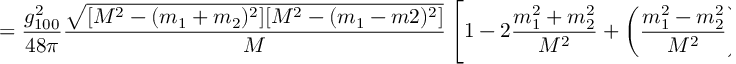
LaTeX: = \frac { g _ { 1 0 0 } ^ { 2 } } { 4 8 \pi } \frac { \sqrt { [ M ^ { 2 } - ( m _ { 1 } + m _ { 2 } ) ^ { 2 } ] [ M ^ { 2 } - ( m _ { 1 } - m 2 ) ^ { 2 } ] } } { M } \left[ 1 - 2 \frac { m _ { 1 } ^ { 2 } + m _ { 2 } ^ { 2 } } { M ^ { 2 } } + \left( \frac { m _ { 1 } ^ { 2 } - m _ { 2 } ^ { 2 } } { M ^ { 2 } } \right) ^ { 2 } \right]